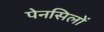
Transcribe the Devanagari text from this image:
पेनसिलों